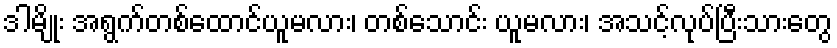
ဒါမျိုး အရွက်တစ်ထောင်ယူမလား၊ တစ်သောင်း ယူမလား၊ အသင့်လုပ်ပြီးသားတွေ